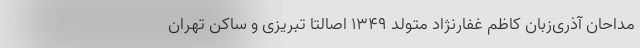
مداحان آذری‌زبان کاظم غفارنژاد متولد ۱۳۴۹ اصالتا تبریزی و ساکن تهران